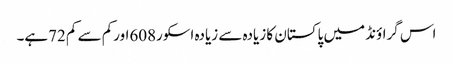
اس گراؤنڈ میں پاکستان کا زیادہ سے زیادہ اسکور608اورکم سے کم 72ہے۔